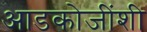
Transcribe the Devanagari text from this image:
आडकोजींशी